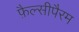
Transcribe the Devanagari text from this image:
फ़ैल्सीपैरम